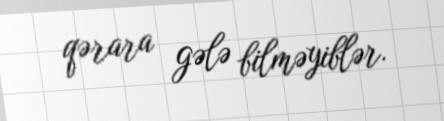
qərara gələ bilməyiblər.